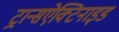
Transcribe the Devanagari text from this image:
ट्रान्सऐक्टिनाइड